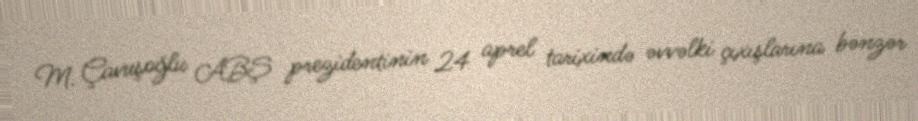
M. Çavuşoğlu ABŞ prezidentinin 24 aprel tarixində əvvəlki çıxışlarına bənzər